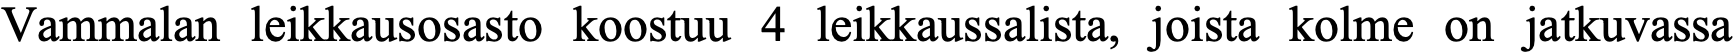
Vammalan leikkausosasto koostuu 4 leikkaussalista, joista kolme on jatkuvassa